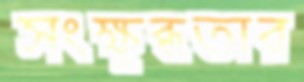
সংক্ষুব্ধতার